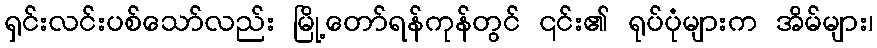
ရှင်းလင်းပစ်သော်လည်း မြို့တော်ရန်ကုန်တွင် ၎င်း၏ ရုပ်ပုံများက အိမ်များ၊